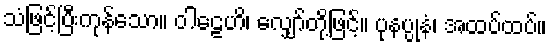
သံဖြင့်ပြီးကုန်သော။ ဝါဠေဟိ၊ လျှော်တို့ဖြင့်။ ပုနပ္ပုနံ၊ အထပ်ထပ်။